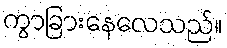
ကွာခြားနေလေသည်။